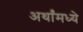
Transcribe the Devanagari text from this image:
अर्थांमध्ये